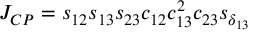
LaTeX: J _ { C P } = s _ { 1 2 } s _ { 1 3 } s _ { 2 3 } c _ { 1 2 } c _ { 1 3 } ^ { 2 } c _ { 2 3 } s _ { \delta _ { 1 3 } }